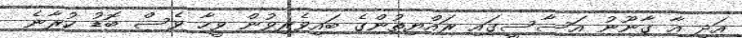
އަދި އާ ގާނޫނު އަސާސީގައި ރައްޔިތުންގެ ބައިވެރިވުން ވީހާ ވެސް ބޮޑު ކުރާނެ